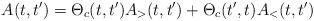
LaTeX: \begin{align*}A(t,t') = \Theta_{c}(t,t') A_{>}(t,t') + \Theta_{c}(t',t) A_{<}(t,t') \end{align*}